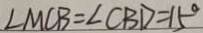
\angle M C B = \angle C B D = 1 5 ^ { \circ }